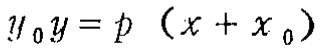
$y_{0}y = p\left(x + x_{0}\right)$